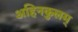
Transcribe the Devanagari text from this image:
अहिनकुलम्